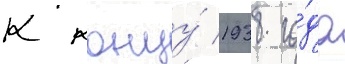
К концу́ 1938 го́да